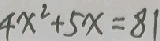
4 x ^ { 2 } + 5 x = 8 1